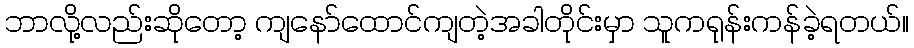
ဘာလို့လည်းဆိုတော့ ကျနော်ထောင်ကျတဲ့အခါတိုင်းမှာ သူကရုန်းကန်ခဲ့ရတယ်။